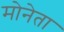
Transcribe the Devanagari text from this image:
मोनेता